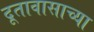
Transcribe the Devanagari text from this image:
दूतावासाच्या